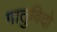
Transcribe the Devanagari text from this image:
गातुविदो